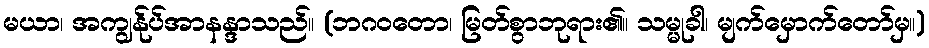
မယာ၊ အကျွန်ုပ်အာနန္ဒာသည်။ (ဘဂဝတော၊ မြတ်စွာဘုရား၏။ သမ္မုခါ၊ မျက်မှောက်တော်မှ။)